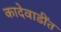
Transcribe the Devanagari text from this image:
कादेवाडींत